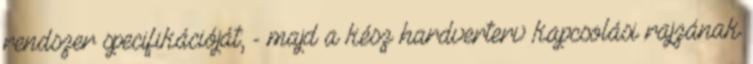
rendszer specifikációját; - majd a kész hardverterv kapcsolási rajzának